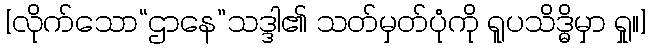
[လိုက်သော“ဌာနေ”သဒ္ဒါ၏ သတ်မှတ်ပုံကို ရူပသိဒ္ဓိမှာ ရှု။]